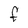
Character: F